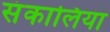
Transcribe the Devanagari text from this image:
संकालिया